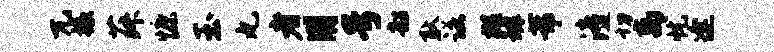
兀掾菽慷玉丸者用号韶耿诺樾罅芾潼切离忧逢